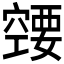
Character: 𰩚